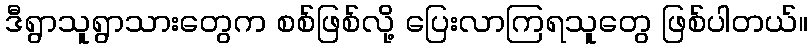
ဒီရွာသူရွာသားတွေက စစ်ဖြစ်လို့ ပြေးလာကြရသူတွေ ဖြစ်ပါတယ်။